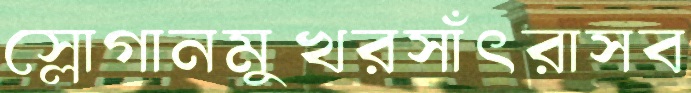
স্লোগানমুখরসাঁৎরাসব